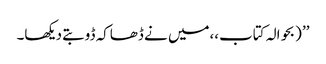
’’ (بحوالہ کتاب،،میں نے ڈھاکہ ڈوبتے دیکھا۔